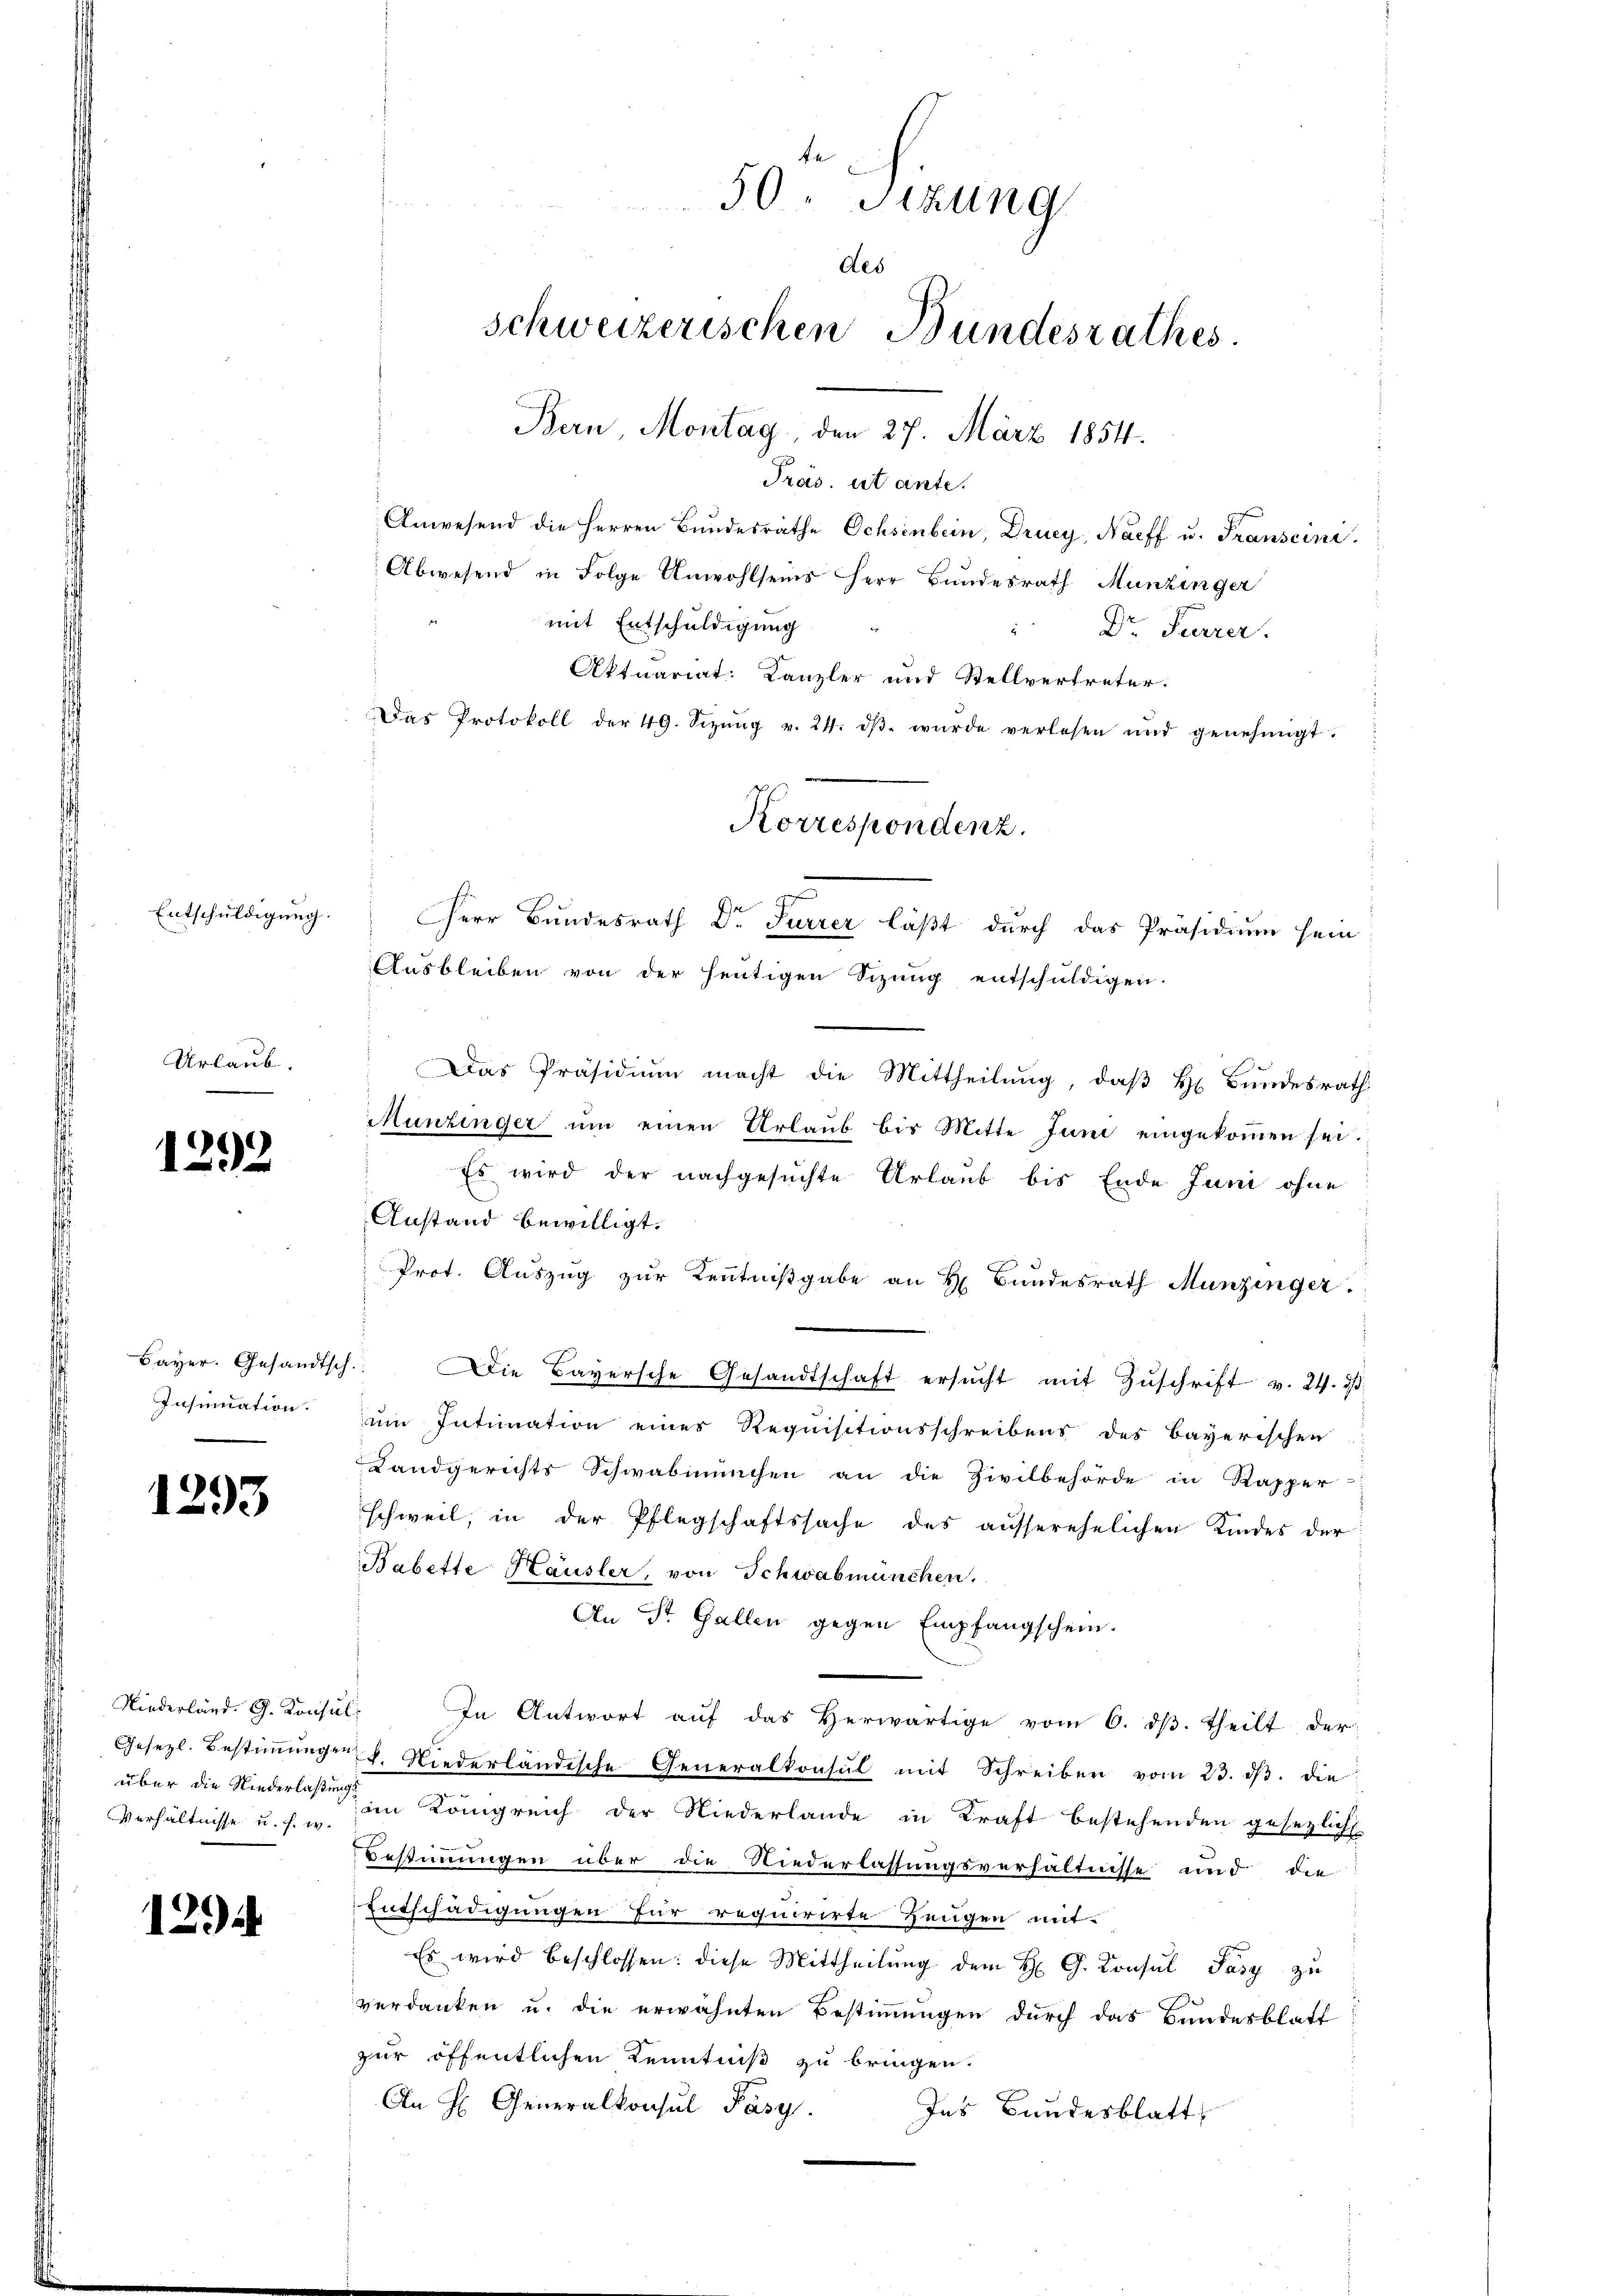
Entschuldigung.

Urlaub.

1292

Bayer. Gesandtsch
Insinuation.

1293

Niederland. G. Konsul
Verhältnisse u. s. w.

129

50r Sitzung
des
Schweizerischen Bundesrathes.
Bern, Montag, den 27. März 1854.
Präs. ist ante.
Anwesend die Herren Bundesräthe Ochsenbein, Drucy, Naeff u. Transcini

Abwesend in Folge Unwohlseins Herr Bundesrath Munzinger
mit Entschuldigung
Dr Furrer.
Aktuariat: Kanzler und Stellvertreter.
Das Protokoll der 49. Sizŭng v. 24. dβ wŭrde verlesen und genehmigt.
Ausbleiben von der heutigen Sizung entschuldigen.
Das Präsidiŭm macht die Mittheilung, daß Hr. Bundesrath
Munzinger ŭm einen Urlaŭb bis Mitte Juni eingekoṁen sei.
Es wird der nachgesuchte Urlaub bis Ende Juni ohne
Anstand bewilligt.
Prot. Auszug zur Kenntnißgabe an H. Bundesrath Munzinger
h.. Die Baversche Gesandtschaft ersŭcht mit Zŭschrift v. 24. d.
um Intimation eines Requisitionsschreibens des Bayerischen
Landgerichts Schwabmachen an die Zivilbehörde in Kapper-
schweil, in der Pflegschaftssache des ausserehelichen Kindes der
Babette Häusler, von Schwabmünchen.
An St. Gallen gegen Empfangschein.
In Antwort aŭf das herwärtige vom 6. dβ. theilt der
Gesetzl. Bestiṁŭngen. Niederländische Generalkonsul mit Schreiben vom 23. dβ. die
über die Niederlassung in Königreich der Niederlande in Kraft bestehenden gesezlich
Bestimmungen über die Niederlassungsverhältnisse und die
Entschädigungen für requirirte Zeugen mit¬
Es wird beschlossen: diese Mittheilung dem H. G. Consul Pász zu
verdanken u. die erwähnten Bestimmungen durch das Bundesblatt
zur öffentlichen Kenntniß zu bringen.
An H. Generalkonsul Pásy.
Ins Bundesblatt

Korrespondenz.
4
Herr Bundesrath Dr Furrer läßt durch das Präsidium sein